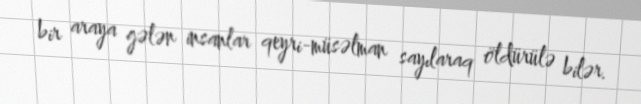
bir araya gələn insanlar qeyri-müsəlman sayılaraq öldürülə bilər.